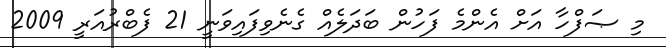
މި ޞަފްހާ އަށް އެންމެ ފަހުން ބަދަލެއް ގެނެވިފައިވަނީ 21 ފެބްރުއަރީ 2009